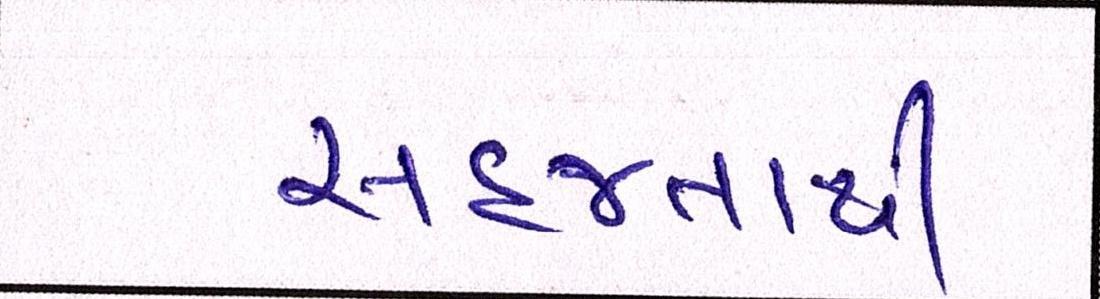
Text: સહજતાથી